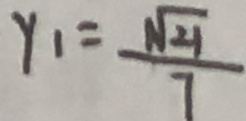
y _ { 1 } = \frac { \sqrt { 2 1 } } { 7 }